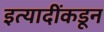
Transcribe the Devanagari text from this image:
इत्यादींकडून